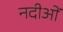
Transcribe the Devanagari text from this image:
नदीओं